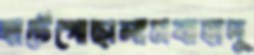
হার্টেগোছালামবাহাদু